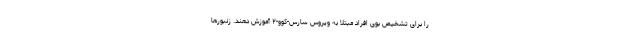
را برای تشخیص بوی افراد مبتلا به ویروس سارس-کوو-۲ آموزش دهند. زنبورها